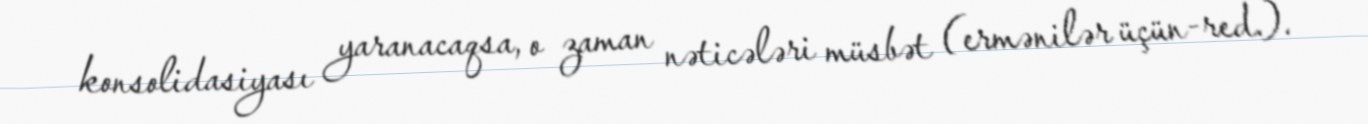
konsolidasiyası yaranacaqsa, o zaman nəticələri müsbət (ermənilər üçün-red.).